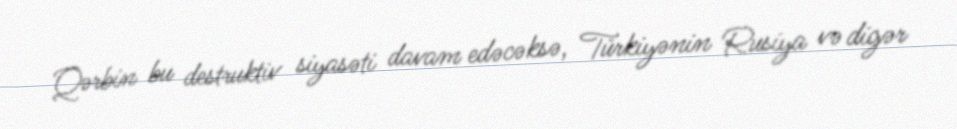
Qərbin bu destruktiv siyasəti davam edəcəksə, Türkiyənin Rusiya və digər